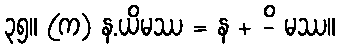
၃၅။ (က) န.ယိမဿ = န + -ိ မဿ။